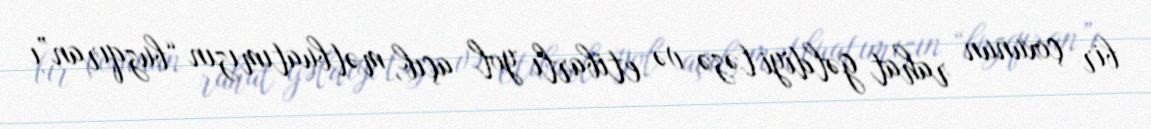
bir çoxunun rahat gəldiyi təzə və etibarlı yol açıb, mətbuatımızın “buzqıran”ı